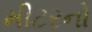
મીટરનો